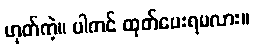
ဟုတ်ကဲ့။ ပါကင် ထုတ်ပေးရမလား။